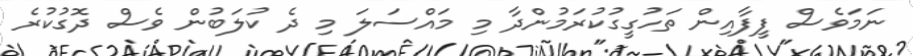
ނަމަވެސް ފީފާއިން ތަހުގީގުކުރަމުންދާ މި މައްސަލަ މި ދެ ކުލަބުން ވެސް ދޮގުކުރެ